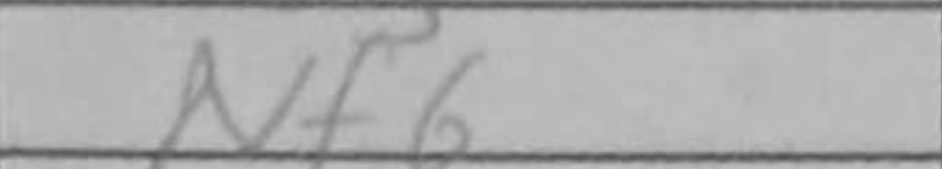
Transcription: Nf6